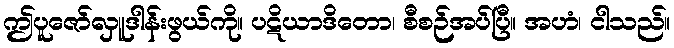
ဤပူဇော်လှူဒါန်းဖွယ်ကို။ ပဋိယာဒိတော၊ စီစဉ်အပ်ပြီ။ အဟံ၊ ငါသည်။